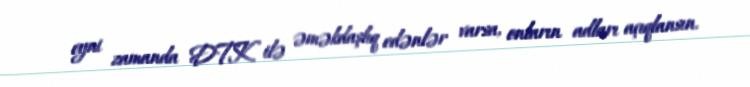
eyni zamanda DTK ilə əməkdaşlıq edənlər varsa, onların adları açıqlansın.